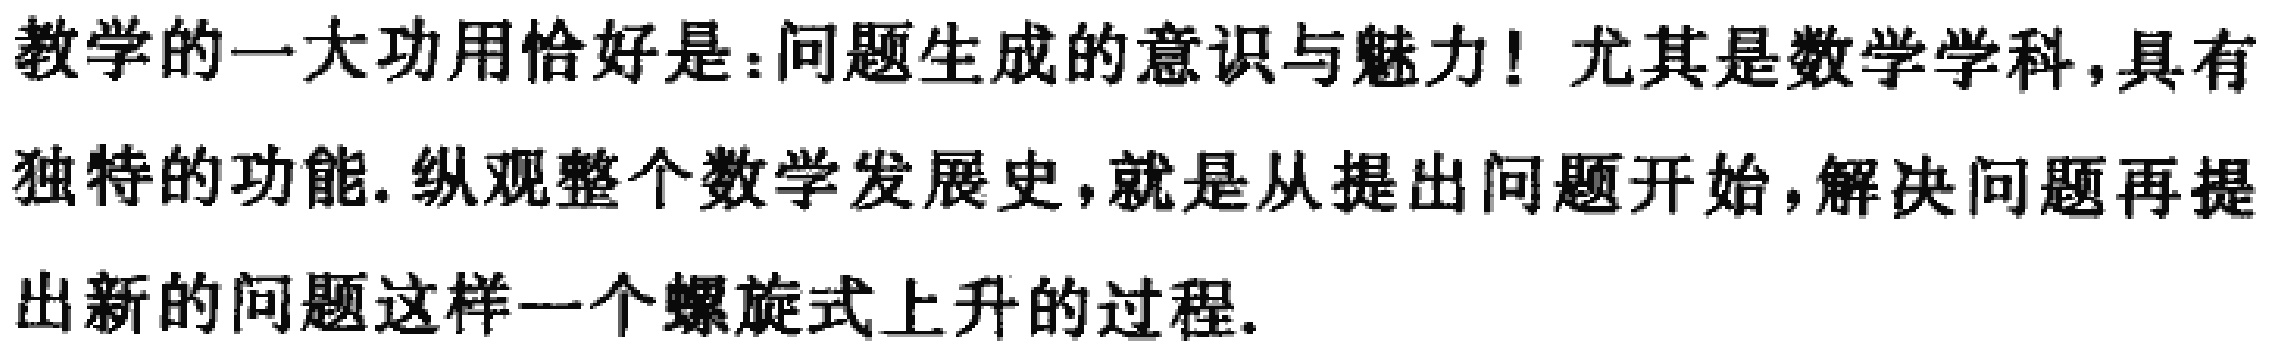
教学的一大功用恰好是:问题生成的意识与魅力! 尤其是数学学科,具有独特的功能.纵观整个数学发展史,就是从提出问题开始,解决问题再提出新的问题这样一个螺旋式上升的过程.